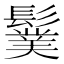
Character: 𩯏